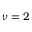
\nu = 2